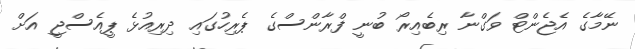
ނޭމާގެ އެޖެންޓް ވަގްނާ ރިބެއިރޯ ބުނީ ފްރާންސްގެ ޕެރިހުގައި ދިރިއުޅެ ޕީއެސްޖީ އަށް